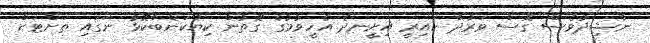
ނާޝިދުވެސް ގޮސް ވަރުދާ ކައިރީ އިށީނދެ އެހީވުމުގެ ގޮތުން ކިޔުކަންބާކޮޅު ނަގައި ތަށްޓަށް